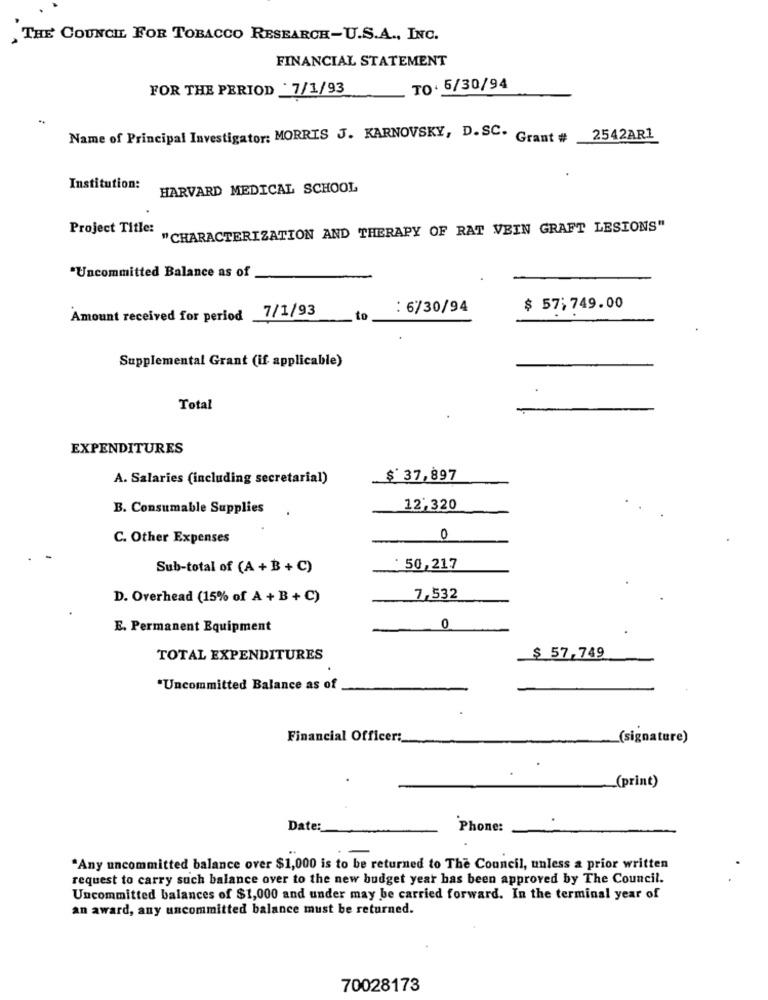
, THE COUNCIL FOR TOBACCO RESEARCH-U.S.A ., INC.
FINANCIAL STATEMENT
FOR THE PERIOD 7/1/93
TO. 5/30/94
Name of Principal Investigator: MORRIS J. KARNOVSKY, D. SC. Grant #
2542AR1
Institution:
HARVARD MEDICAL SCHOOL
Project Title:
"CHARACTERIZATION AND THERAPY OF RAT VEIN GRAFT LESIONS"
"Uncommitted Balance as of
7/1/93
: 6/30/94
$ 57;749.00
Amount received for period
to
Supplemental Grant (if applicable)
Total
EXPENDITURES
A. Salaries (including secretarial)
$ 37,897
B. Consumable Supplies
12,320
C. Other Expenses
0
Sub-total of (A + B + C)
:50,217
D. Overhead (15% of A + B + C)
7,532
E. Permanent Equipment
0
$ 57,749
TOTAL EXPENDITURES
*Uncommitted Balance as of
Financial Officer:
(signature)
„(print)
Date :_
Phone:
"Any uncommitted balance over $1,000 is to be returned to The Council, unless a prior written
request to carry such balance over to the new budget year has been approved by The Council.
Uncommitted balances of $1,000 and under may be carried forward. In the terminal year of
an award, any uncommitted balance must be returned.
70028173